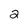
Character: 2